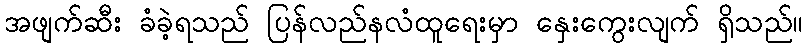
အဖျက်ဆီး ခံခဲ့ရသည် ပြန်လည်နလံထူရေးမှာ နှေးကွေးလျက် ရှိသည်။